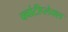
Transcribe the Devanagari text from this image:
क्वांटीप्लेक्स